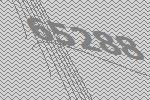
65288